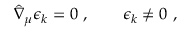
\hat { \nabla } _ { \mu } \epsilon _ { k } = 0 \ , \qquad \epsilon _ { k } \neq 0 \ ,